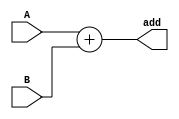
`timescale 1ns/1ns

module adder(
	input wire [31:0]	A,
	input wire [31:0]	B,
	output reg [31:0]	add
);

	always @(*)
	begin
		add = A + B;
	end
endmodule